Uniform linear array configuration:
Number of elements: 4
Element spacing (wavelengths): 1
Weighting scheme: exponential
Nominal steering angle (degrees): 45
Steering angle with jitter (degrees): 45.461
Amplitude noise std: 0.05
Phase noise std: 0.05

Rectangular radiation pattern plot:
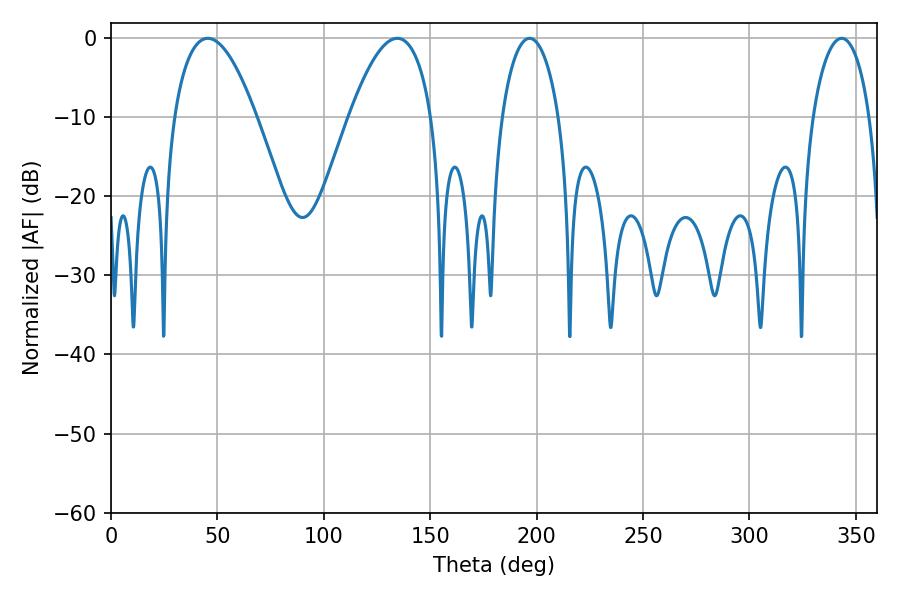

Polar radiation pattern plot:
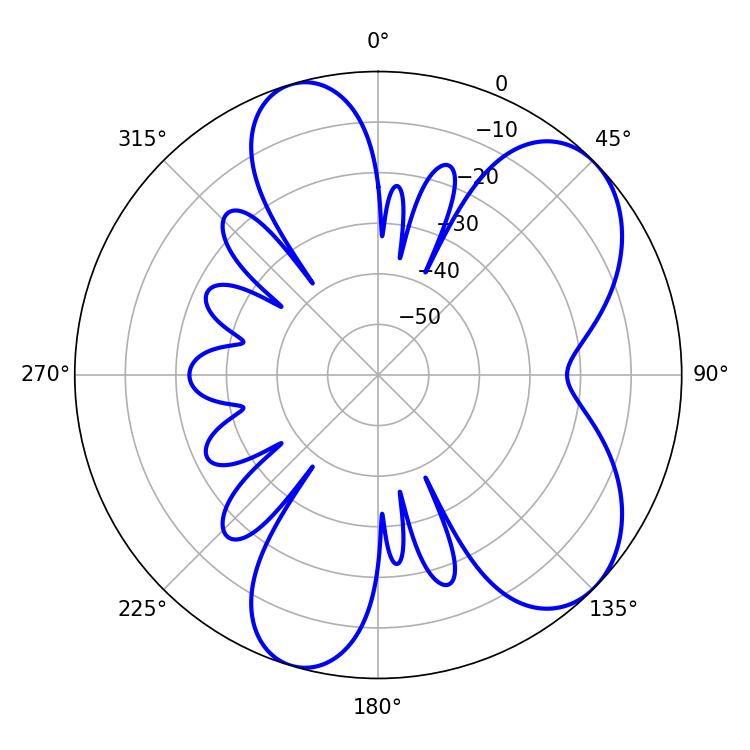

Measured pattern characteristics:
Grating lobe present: TRUE
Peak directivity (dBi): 6.794
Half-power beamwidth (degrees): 21.24
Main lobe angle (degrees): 45.54